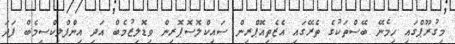
މިގުރޫޕްގައި ހިމެނޭ ބޭސްތަކުގެ ތެރޭގައި އެޒެތިއޮޕްރިން ސައިކްލޮސޮޕޮރިން ވިޑޮލިޒުމެބް އަދި އިންފްލިކްސިމެބް ފަދަ